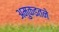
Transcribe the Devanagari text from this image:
अमुकइतने